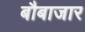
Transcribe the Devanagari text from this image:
बौबाजार